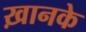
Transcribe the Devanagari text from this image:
ख़ानके